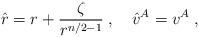
LaTeX: \begin{align*}\hat{r} = r+ \frac{\zeta}{r^{n/2-1}}\;,\quad \hat{v}^A= v^{A}\;,\end{align*}